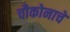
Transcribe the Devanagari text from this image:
चौकोनाचे